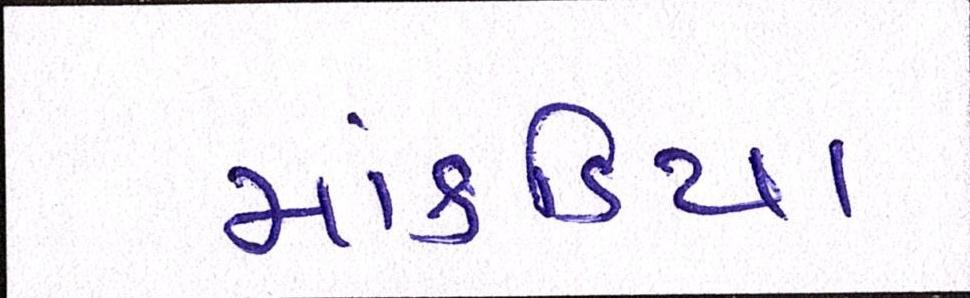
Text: માંકડિયા